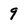
Character: 9